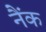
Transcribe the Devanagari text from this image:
नैंक